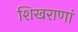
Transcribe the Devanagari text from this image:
शिखराणां